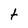
Character: t